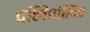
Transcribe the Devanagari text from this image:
दलिपसिंग